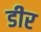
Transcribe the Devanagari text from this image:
डीर